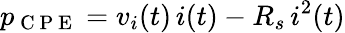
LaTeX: p_{\mathrm{~C~P~E~}}=v_{i}(t)\, i(t)-R_{s}\, i^{2}(t)